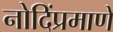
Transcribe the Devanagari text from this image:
नोदिंप्रमाणे